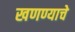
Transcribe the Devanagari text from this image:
खणण्याचे